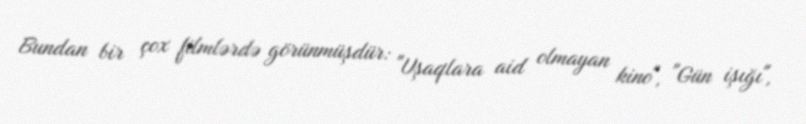
Bundan bir çox filmlərdə görünmüşdür: "Uşaqlara aid olmayan kino", "Gün işığı",